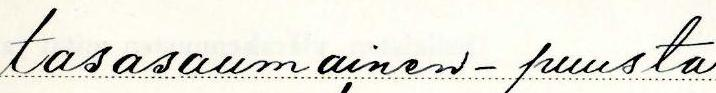
tasasaumainen - puusta